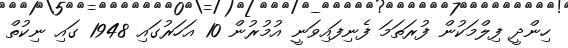
ހިންދީ ފިލްމަކުން ފުރަތަމަ ފެނިފައިވަނީ އުމުރުން 10 އަހަރުގައި 1948 ގައި ނިކުތް